Scientific memoirs by medical officers of the Army of India - Part IX,
Year: 1895
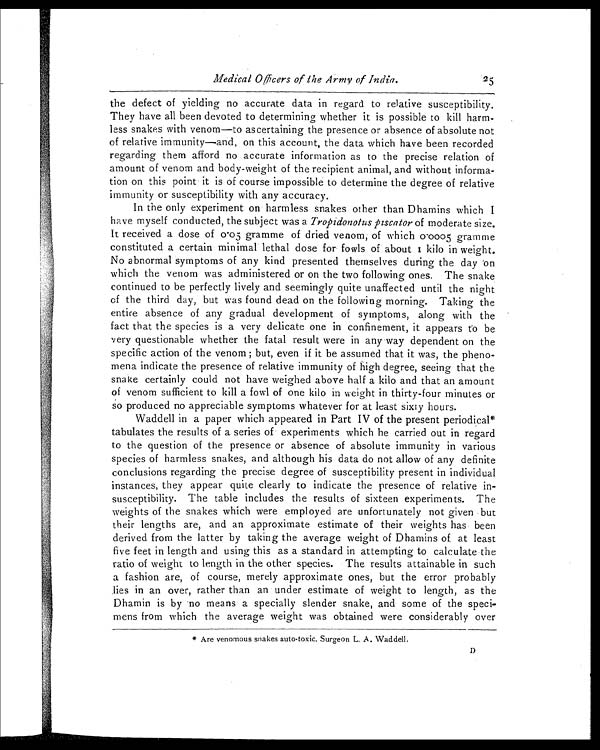
Medical Officers of the Army of India. 2 5
the defect of yielding no accurate data in regard to relative susceptibility.
They have all been devoted to determining whether it is possible to kill harm-
less snakes with venom—to ascertaining the presence or absence of absolute not
of relative immunity—and, on this account, the data which have been recorded
regarding them afford no accurate information as to the precise relation of
amount of venom and body-weight of the recipient animal, and without informa-
tion on this point• it is of course impossible to determine the degree of relative
immunity or susceptibility with any accuracy.
In the only experiment on harmless snakes other than Dhamins which I
have myself conducted, the subject was a Tropidonotus piscator of moderate size.
It received a dose of 0.05 gramme of dried venom, of which 0.0005 gramme
constituted a certain minimal lethal dose for fowls of about 1 kilo in weight.
No abnormal symptoms of any kind presented themselves during the day on
which the venom was administered or on the two following ones. The snake
continued to be perfectly lively and seemingly quite unaffected until the night
of the third day, but was found dead on the following morning. Taking the
entire absence of any gradual development of symptoms, along with the
fact that the species is a very delicate one in confinement, it appears to be
very questionable whether the fatal result were in any way dependent on the
specific action of the venom ; but, even if it be assumed that it was, the pheno-
mena indicate the presence of relative immunity of high degree, seeing that the
snake certainly could not have weighed above half a kilo and that an amount
of venom sufficient to kill a fowl of one kilo in weight in thirty-four minutes or
So produced no appreciable symptoms whatever for at least sixty hours.
Waddell in a paper which appeared in Part IV of the present periodical*
tabulates the results of a series of experiments which he carried out in regard
to the question of the presence or absence of absolute immunity in various
species of harmless snakes, and although his data do not allow of any definite
conclusions regarding the precise degree of susceptibility present in individual
instances, they appear quite clearly to indicate the presence of relative in-
susceptibility. The table includes the results of sixteen experiments. The
weights of the snakes which were employed are unfortunately not given , but
their lengths are, and an approximate estimate of their weights has been
derived from the latter by taking the average weight of Dhamins of at least
five feet in length and using this as a standard in attempting to calculate the
ratio of weight to length in the other species. The results attainable in such
a fashion are, of course, merely approximate ones, but the error probably
lies in an over, rather than an under estimate of weight to length, as the
Dhamin is by no means a specially slender snake, and some of the speci-
mens from which the average weight was obtained were considerably over
* Are venomous snakes auto-toxic. Surgeon L. A. Waddell.
la